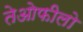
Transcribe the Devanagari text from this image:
तेओफीलो